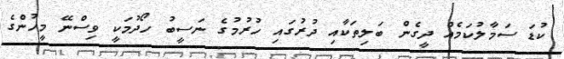
ކުޑަ ސަމާލުކަމެއް ދީގެން ބަލިތަކާއި ދުރުގައި ހުރުމުގެ ނަސީބު ހޯދުމަކީ ވިސްނޭ މީހުންގެ